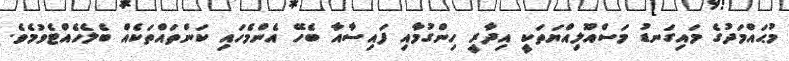
މުޙައްމަދުގެ މައިގަނޑު މަސްއޫލިއްޔަތަކީ އިދާރީ ހިންގުމާއި ފައިސާއާ ބެހޭ އެންމެހައި ކަންތައްތަކެއް ބެލެހެއްޓެވުމެވެ.